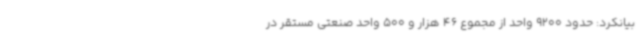
بیانکرد: حدود 9200 واحد از مجموع 46 هزار و 500 واحد صنعتی مستقر در